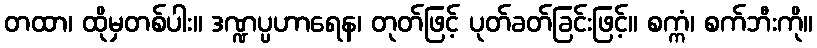
တထာ၊ ထိုမှတစ်ပါး။ ဒဏ္ဍပ္ပဟာရေန၊ တုတ်ဖြင့် ပုတ်ခတ်ခြင်းဖြင့်။ စက္ကံ၊ စက်ဘီးကို။